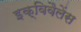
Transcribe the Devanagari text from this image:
इक्विवैलेंस